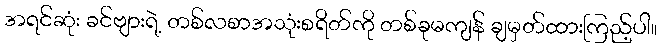
အရင်ဆုံး ခင်ဗျားရဲ့ တစ်လစာအသုံးစရိတ်ကို တစ်ခုမကျန် ချမှတ်ထားကြည့်ပါ။